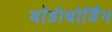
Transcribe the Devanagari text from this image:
बॉडीबोर्डिंग